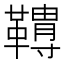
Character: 𩍌